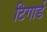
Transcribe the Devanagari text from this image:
टिगार्ड